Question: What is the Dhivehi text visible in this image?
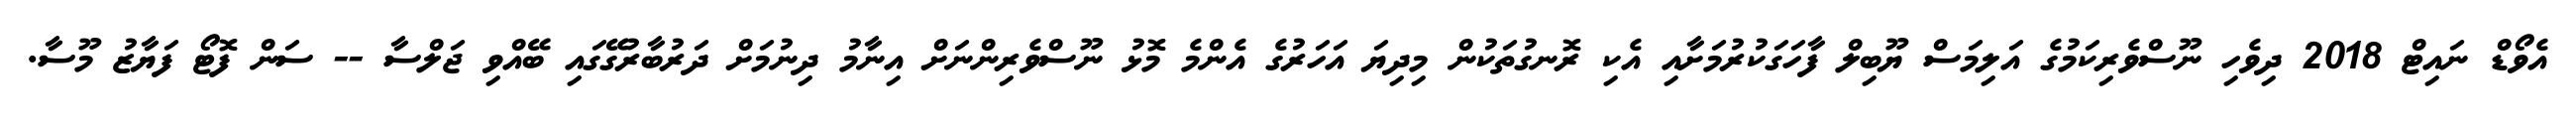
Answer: އެވޯޑް ނައިޓް 2018 ދިވެހި ނޫސްވެރިކަމުގެ އަލިމަސް ޔޫބިލް ފާހަގަކުރުމަށާއި އެކި ރޮނގުތަކުން މިދިޔަ އަހަރުގެ އެންމެ މޮޅު ނޫސްވެރިންނަށް އިނާމު ދިނުމަށް ދަރުބާރުގޭގައި ބޭއްވި ޖަލްސާ -- ސަން ފޮޓޯ ފަޔާޒު މޫސާ.